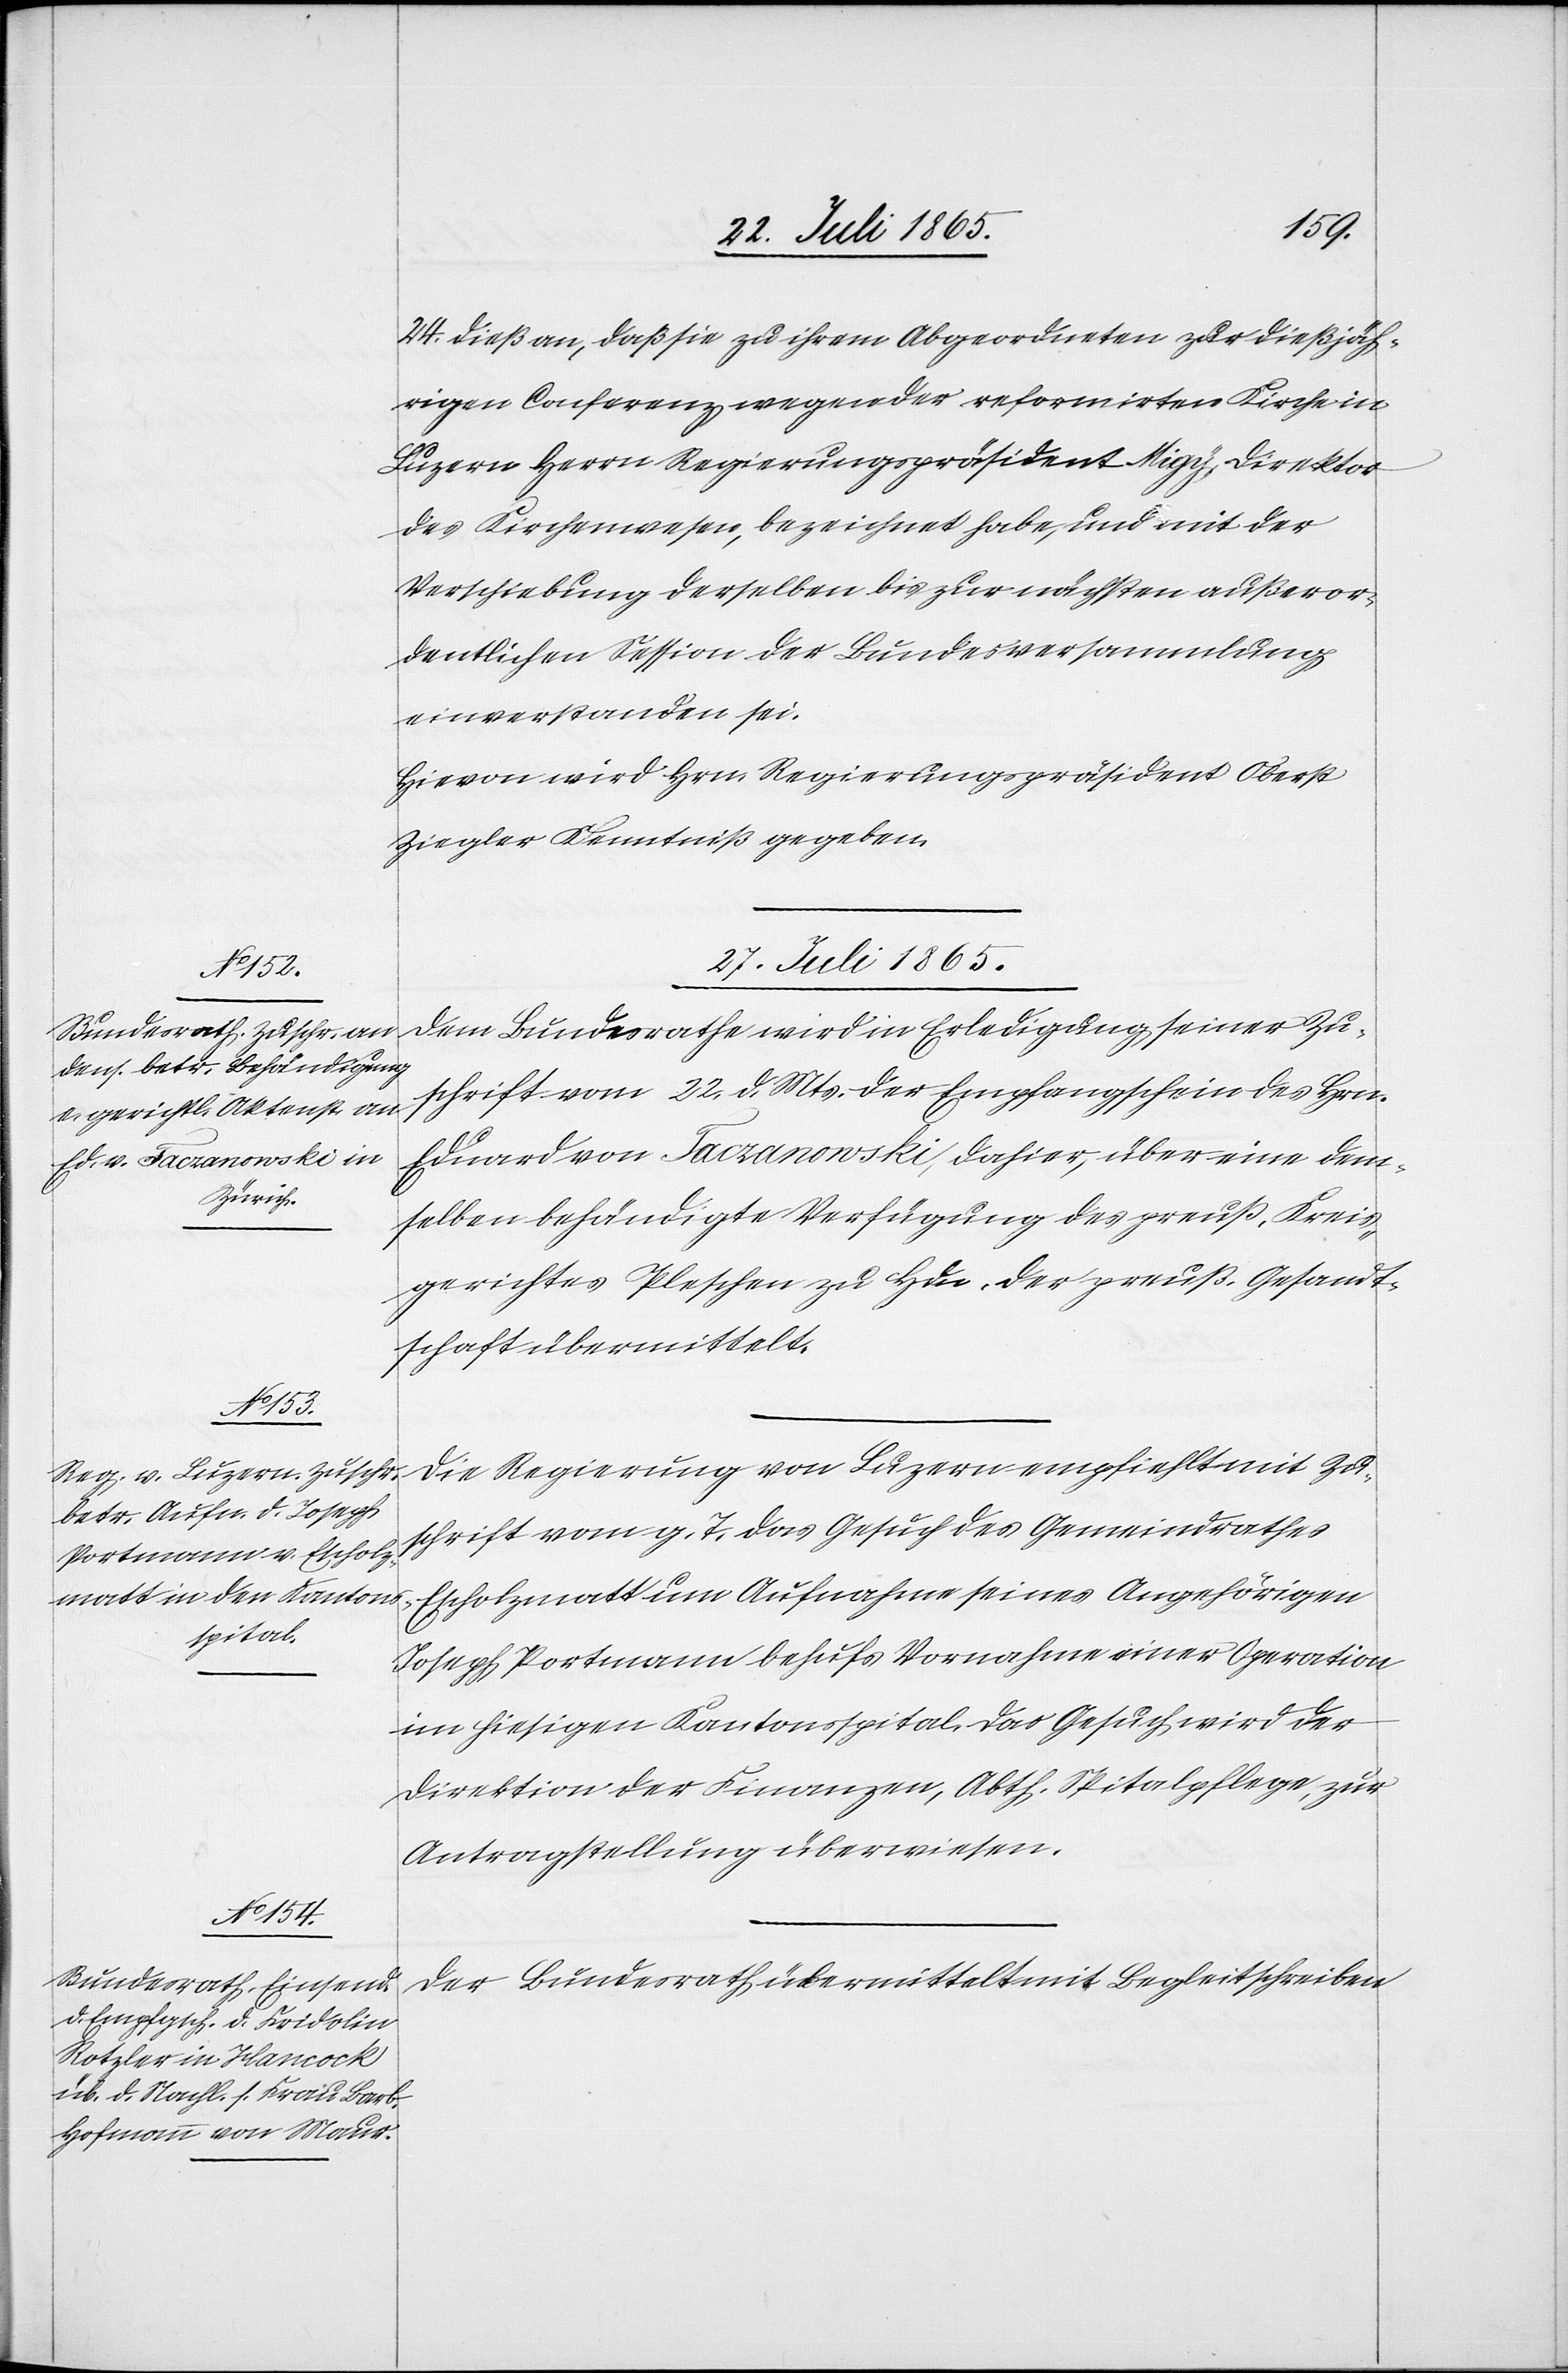
24. dieß an, daß sie zu ihrem Abgeordneten zur dießjäh¬
rigen Conferenz wegen der reformirten Kirche in
Luzern Herrn Regierungspräsident Migy, Direktor
des Kirchenwesen, bezeichnet habe, und mit der
Verschiebung derselben bis zur nächsten außeror¬
dentlichen Session der Bundesversammlung
einverstanden sei.
Hievon wird Hrn. Regierungspräsident Oberst
Ziegler Kenntniß gegeben.
27. Juli 1865.]
schrift vom 22. d. Mts. der Empfangschein des Hrn.
Eduard von Taczanowski, dahier, über eine dem¬
selben behändigte Verfügung des preuß. Kreis¬
gerichtes Pleschen zu Hdn. der preuß. Gesandt¬
schaft übermittelt.
Die Regierung von Luzern empfiehlt mit Zu¬
schrift vom g. T. das Gesuch des Gemeindrathes
Escholzmatt um Aufnahme seines Angehörigen
seiner Zu¬
Joseph Portmann behufs Vornahme einer Operation
im hiesigen Kantonsspital. Das Gesuch wird der
Direktion der Finanzen, Abth. Spitalpflege, zur
Antragstellung überwiesen.
Der Bundesrath übermittelt mit Begleitschreiben
Bundesrathe wird